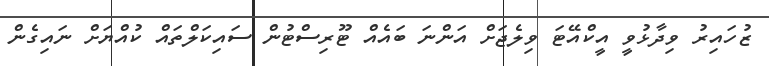
ޒުހައިރު ވިދާޅުވީ އީކްއޭޓަ ވިލެޖަށް އަންނަ ބައެއް ޓޫރިސްޓުން ސައިކަލްތައް ކުއްޔަށް ނައިގެން